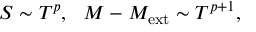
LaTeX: S \sim T ^ { p } , \ \ M - M _ { \mathrm { e x t } } \sim T ^ { p + 1 } ,